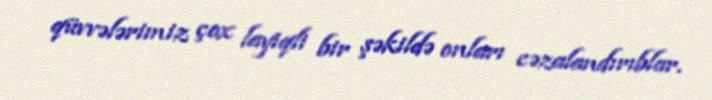
qüvvələrimiz çox layiqli bir şəkildə onları cəzalandırıblar.